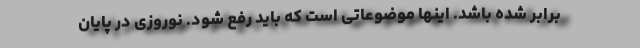
برابر شده باشد. اینها موضوعاتی است که باید رفع شود. نوروزی در پایان